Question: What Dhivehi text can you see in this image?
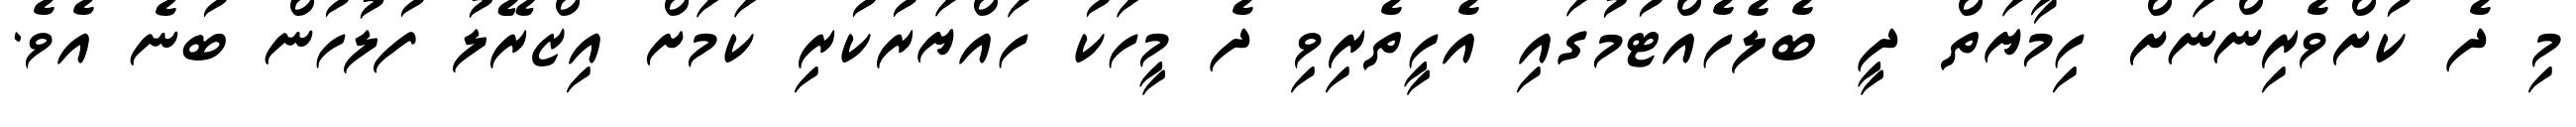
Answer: މި ދެ ކުށްވެރިންނަށް ހިމާޔަތް ދީ ބެލެހެއްޓުމުގައި އެހީތެރިވި ދެ މީހަކު ހައްޔަރުކުރި ކަމަށް އިޒްރޭލު ފުލުހުން ބުނެ އެވެ.